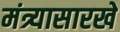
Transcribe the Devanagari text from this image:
मंत्र्यासारखे